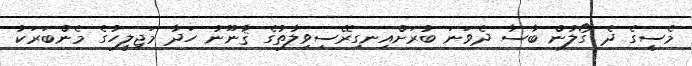
މެސީގެ ދެ ގޯލުން ބާސާ ދެވަނަ ބުރަށްއިނގިރޭސިވިލާތުގެ ޤާނޫނު ހަދާ މަޖިލީހުގެ މެންބަރަކު